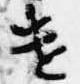
遣